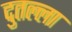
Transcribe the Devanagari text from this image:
दुतल्ला